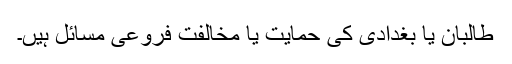
طالبان یا بغدادی کی حمایت یا مخالفت فروعی مسائل ہیں۔